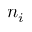
n _ { i }